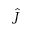
\hat { J }